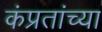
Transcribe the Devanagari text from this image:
कंप्रतांच्या